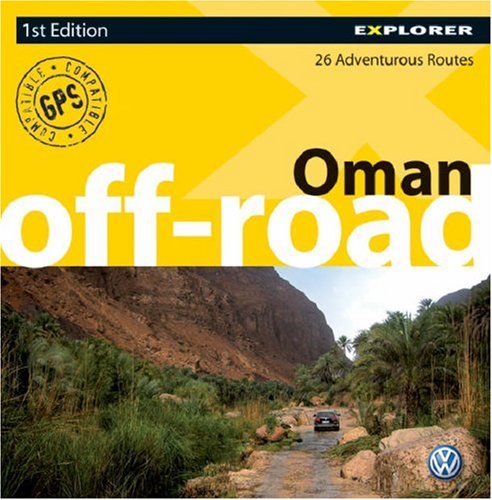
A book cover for Oman Off-road; Explorer Publishing; Travel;